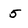
Character: 5